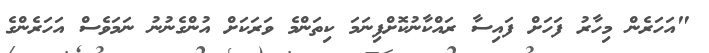
"އަހަރެން މިހާރު ފަހަށް ފައިސާ ރައްކާނުކޮށްފިނަމަ ކިތަންމެ ވަރަކަށް އުންގެނުނު ނަމަވެސް އަހަރެންގެ